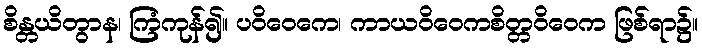
စိန္တယိတွာန၊ ကြံကုန်၍။ ပဝိဝေကေ၊ ကာယဝိဝေကစိတ္တဝိဝေက ဖြစ်ရာ၌။